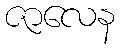
ဇာလေန